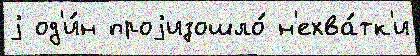
j од'и́н проjизошло́ н'ехва́тк'и